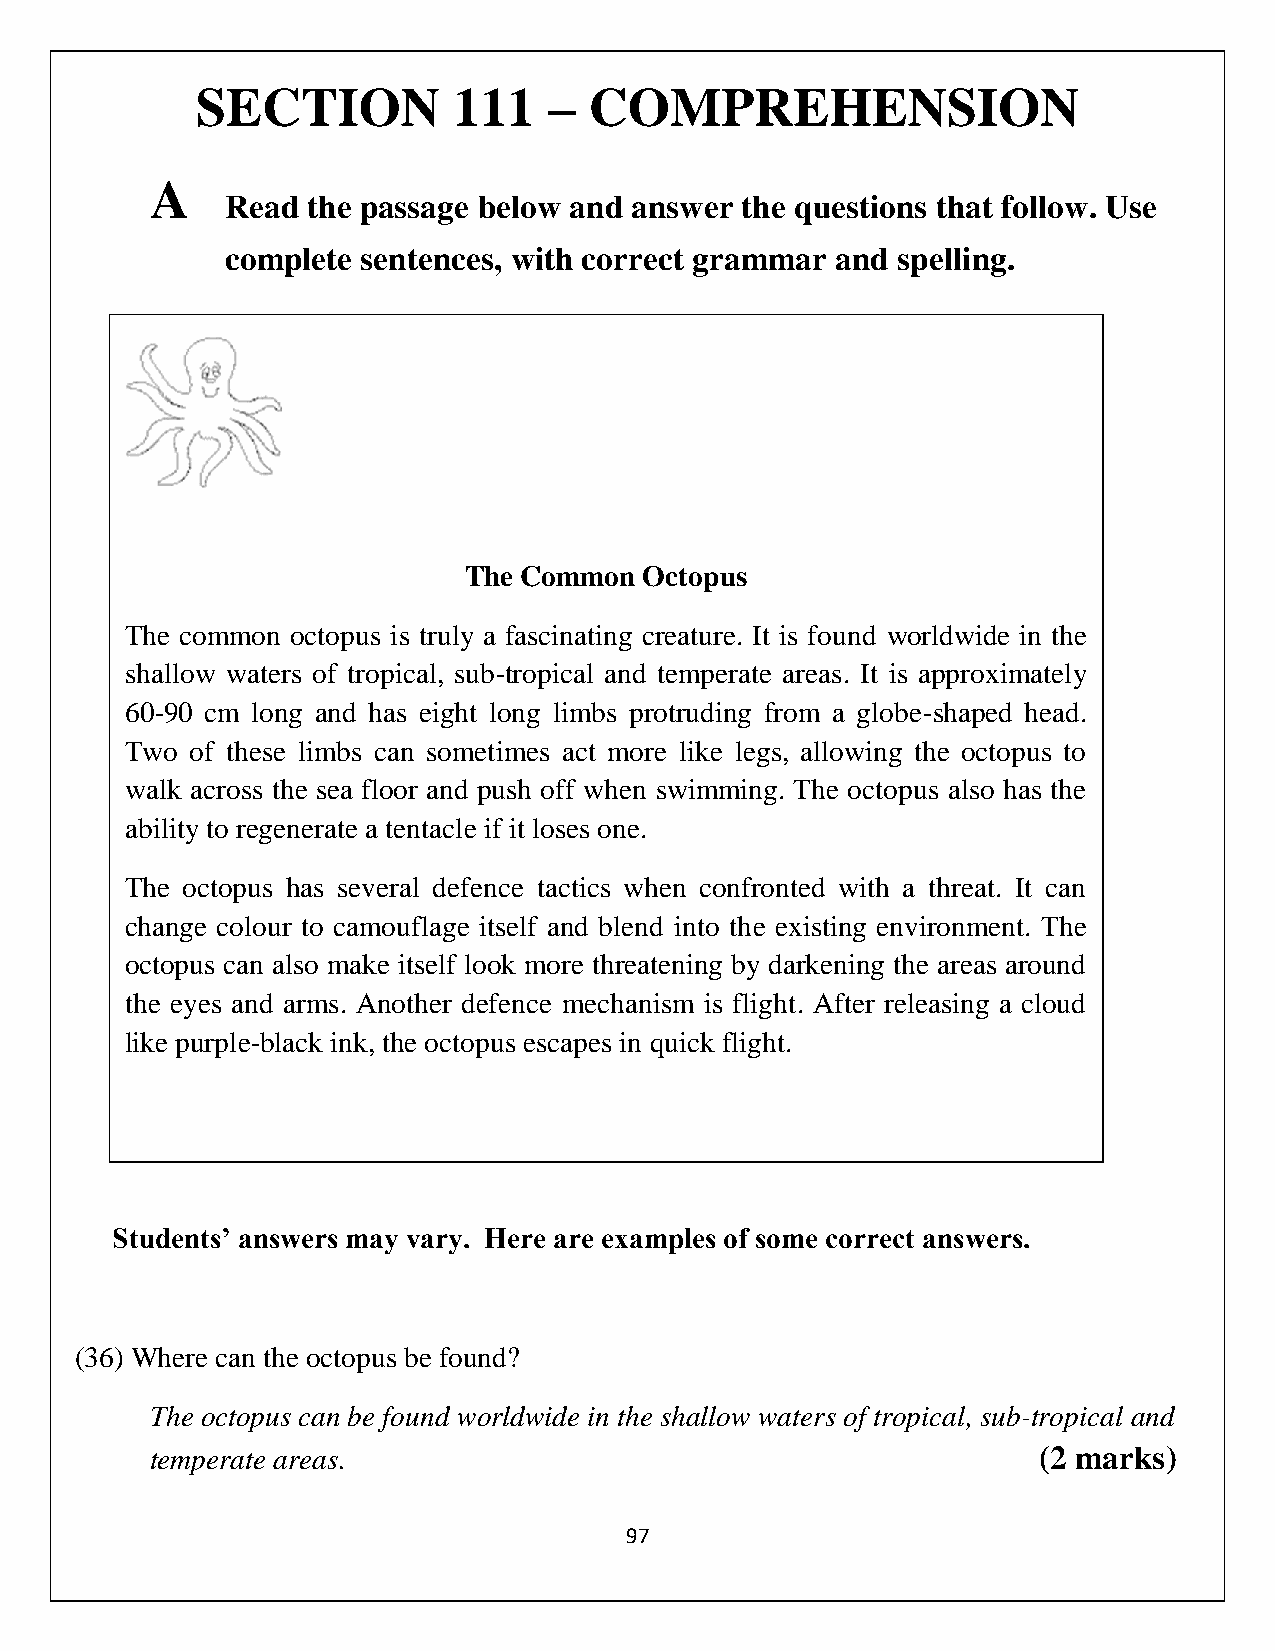
SECTION          111   –  COMPREHENSION
 A
 Read the passage below and answer the questions that follow. Use
 complete sentences, with correct grammar and spelling.
 The Common  Octopus
 The common octopus is truly a fascinating creature. It is found worldwide in the
 shallow waters of tropical, sub-tropical and temperate areas. It is approximately
 60-90 cm long and has eight long limbs protruding from a globe-shaped head.
 Two  of these limbs can sometimes act more like legs, allowing the octopus to
 walk across the sea floor and push off when swimming. The octopus also has the
 ability to regenerate a tentacle if it loses one.
 The octopus has several defence tactics when confronted with a threat. It can
 change colour to camouflage itself and blend into the existing environment. The
 octopus can also make itself look more threatening by darkening the areas around
 the eyes and arms. Another defence mechanism is flight. After releasing a cloud
 like purple-black ink, the octopus escapes in quick flight.
 Students’ answers may vary. Here are examples of some correct answers.
 (36) Where can the octopus be found?
 The octopus can be found worldwide in the shallow waters of tropical, sub-tropical and
 temperate areas.                                           (2 marks)
 97